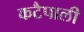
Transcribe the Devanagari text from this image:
कटैपाली